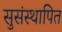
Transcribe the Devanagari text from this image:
सुसंस्थापित